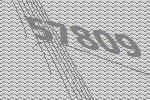
57809